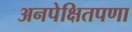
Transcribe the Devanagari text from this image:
अनपेक्षितपणा